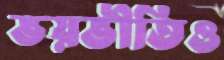
ভয়ভীতিও